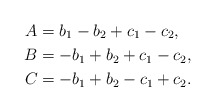
\begin{align*}A&=b_1-b_2+c_1-c_2,\\B&=-b_1+b_2+c_1-c_2,\\ C&=-b_1+b_2-c_1+c_2.\end{align*}